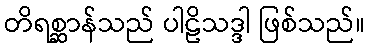
တိရစ္ဆာန်သည် ပါဠိသဒ္ဒါ ဖြစ်သည်။